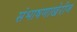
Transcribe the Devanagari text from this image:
संभाषणाखेरीज